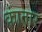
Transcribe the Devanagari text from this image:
कांतार